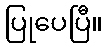
ပြုပေပြီ။